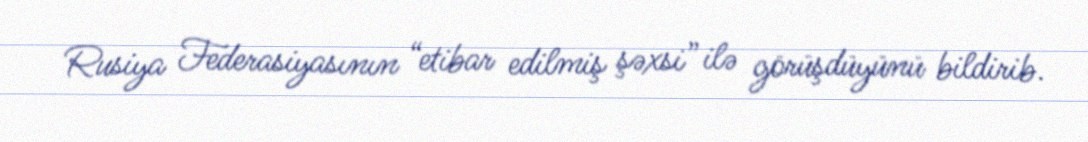
Rusiya Federasiyasının “etibar edilmiş şəxsi” ilə görüşdüyünü bildirib.